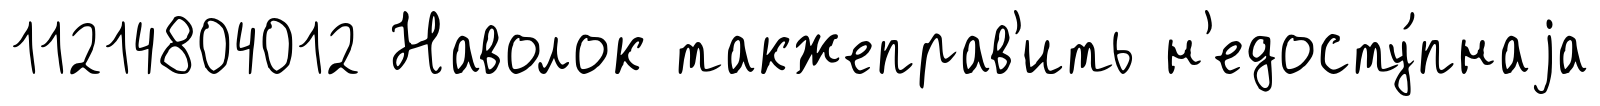
11214804012 Наволок такжеправ'ить н'едосту́пнаjа